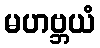
မဟဗ္ဘယံ